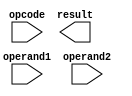
module floating_point_alu(
    input [31:0] operand1, // first floating point operand
    input [31:0] operand2, // second floating point operand
    input [2:0] opcode, // operation code
    output [31:0] result // result of the arithmetic operation
);

// Declare internal wires and registers
wire [31:0] mantissa1, mantissa2, mantissa_res;
wire [7:0] exponent1, exponent2, exponent_res;
wire sign1, sign2, sign_res;
wire op_add, op_sub, op_mul, op_div;
wire is_NaN1, is_NaN2, is_inf1, is_inf2, is_denorm1, is_denorm2;

// Extract mantissa, exponent, and sign from operands
assign mantissa1 = operand1[22:0];
assign mantissa2 = operand2[22:0];
assign exponent1 = operand1[30:23];
assign exponent2 = operand2[30:23];
assign sign1 = operand1[31];
assign sign2 = operand2[31];

// Determine if operands are NaN, Infinity, or denormalized numbers
assign is_NaN1 = (exponent1 == 8'b11111111) && (mantissa1 != 0);
assign is_NaN2 = (exponent2 == 8'b11111111) && (mantissa2 != 0);
assign is_inf1 = (exponent1 == 8'b11111111) && (mantissa1 == 0);
assign is_inf2 = (exponent2 == 8'b11111111) && (mantissa2 == 0);
assign is_denorm1 = (exponent1 == 8'b00000000) && (mantissa1 != 0);
assign is_denorm2 = (exponent2 == 8'b00000000) && (mantissa2 != 0);

// Perform arithmetic operations based on opcode
assign op_add = (opcode == 3'b000);
assign op_sub = (opcode == 3'b001);
assign op_mul = (opcode == 3'b010);
assign op_div = (opcode == 3'b011);

// Add the necessary code for adding, subtracting, multiplying, and dividing floating point numbers

endmodule